Annual report on the Civil Veterinary Department, Burma (including the Insein Veterinary School) - 1910-1922
Year: 1910
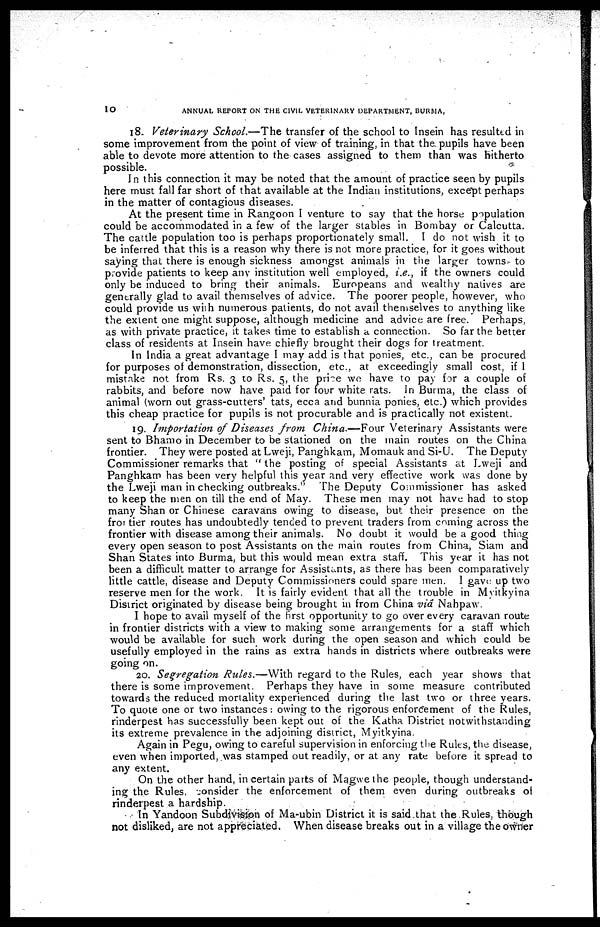
10
ANNUAL REPORT ON THE CIVIL VETERINARY DEPARTMENT, BURMA,
18. Veterinary School.—The transfer of the school to Insein has resulted in
some improvement from the point of view of training, in that the pupils have been
able to devote more attention to the cases assigned to them than was hitherto
possible.
In this connection it may be. noted that the amount of practice seen by pupils
here must fall far short of that available at the Indian institutions, except perhaps
in the matter of contagious diseases.
At the present time in Rangoon I venture to say that the horse population
could be accommodated in a few of the larger stables in Bombay or Calcutta.
The cattle population too is perhaps proportionately small. I do not wish it to
be inferred that this is a reason why there is not more practice, for it goes without
saying that there is enough sickness amongst animals in the larger towns to
provide patients to keep any institution well employed, i.e., if the owners could
only be induced to bring their animals. Europeans and wealthy natives are
generally glad to avail themselves of advice. The poorer people, however, who
could provide us with numerous patients, do not avail themselves to anything like
the extent one might suppose, although medicine and advice are free. Perhaps,
as with private practice, it takes time to establish a connection. So far the better
class of residents at Insein have chiefly brought their dogs for treatment.
In India a great advantage I may add is that ponies, etc., can be procured
for purposes of demonstration, dissection, etc., at exceedingly small cost, if 1
mistake not from Rs. 3 to Rs. 5, the price wo have to pay for a couple of
rabbits, and before now have paid for four white rats. In Burma, the class of
animal (worn out grass-cutters' tats, ecca and bunnia ponies, etc.) which provides
this cheap practice for pupils is not procurable and is practically not existent.
19. Importation of Diseases from China.—Four Veterinary Assistants were
sent to Bhamo in December to be stationed on the main routes on the China
frontier. They were posted at Lweji, Panghkam, Momauk and Si-U. The Deputy
Commissioner remarks that " the posting of special Assistants at Lweji and
Panghkam has been very helpful this year and very effective work was done by
the Lweji man in checking outbreaks." The Deputy Commissioner has asked
to keep the men on till the end of May. These men may not have had to stop
many Shan or Chinese caravans owing to disease, but their presence on the
frontier routes has undoubtedly tended to prevent traders from coming across the
frontier with disease among their animals. No doubt it would be a good thing
every open season to post Assistants on the main routes from China, Siam and
Shan States into Burma, but this would mean extra staff. This year it has not
been a difficult matter to arrange for Assistants, as there has been comparatively
little cattle, disease and Deputy Commissioners could spare men. I gave up two
reserve men for the work. It is fairly evident that all the trouble in Myitkyina
District originated by disease being brought in from China via Nahpaw.
I hope to avail myself of the first opportunity to go over every caravan route
in frontier districts with a view to making some arrangements for a staff which
would be available for such work during the open season and which could be
usefully employed in the rains as extra hands in districts where outbreaks were
going on.
20. Segregation Rules.—With regard to the Rules, each year shows that
there is some improvement. Perhaps they have in some measure contributed
towards the reduced mortality experienced during the last two or three years.
To quote one or two instances: owing to the rigorous enforcement of the Rules,
rinderpest has successfully been kept out of the Katha District notwithstanding
its extreme prevalence in the adjoining district, Myitkyina.
Again in Pegu, owing to careful supervision in enforcing the Rules, the disease,
even when imported, was stamped out readily, or at any rate before it spread to
any extent.
On the other hand, in certain parts of Magwe the people, though understand-
ing the Rules, consider the enforcement of them even during outbreaks of
rinderpest a hardship.
In Yandoon Subdivision of Ma-ubin District it is said that the Rules, though
not disliked, are not appreciated. When disease breaks out in a village the owner